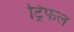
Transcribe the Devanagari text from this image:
ट्रिफल